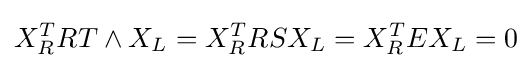
X_{R}^{T}RT\wedge X_{L}=X_{R}^{T}RSX_{L}=X_{R}^{T}EX_{L}=0